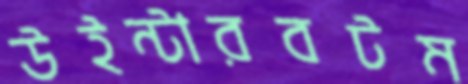
উইন্টারবটম